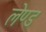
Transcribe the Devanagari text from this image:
लेण्ड